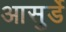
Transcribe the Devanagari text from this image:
आसुर्डे